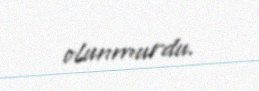
olunmurdu.